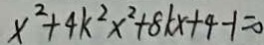
x ^ { 2 } + 4 k ^ { 2 } x ^ { 2 } + 8 k x + 4 - 1 = 0